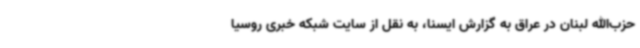
حزب‌الله لبنان در عراق به گزارش ایسنا، به نقل از سایت شبکه خبری روسیا